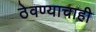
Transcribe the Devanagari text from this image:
ठेवण्याचाही